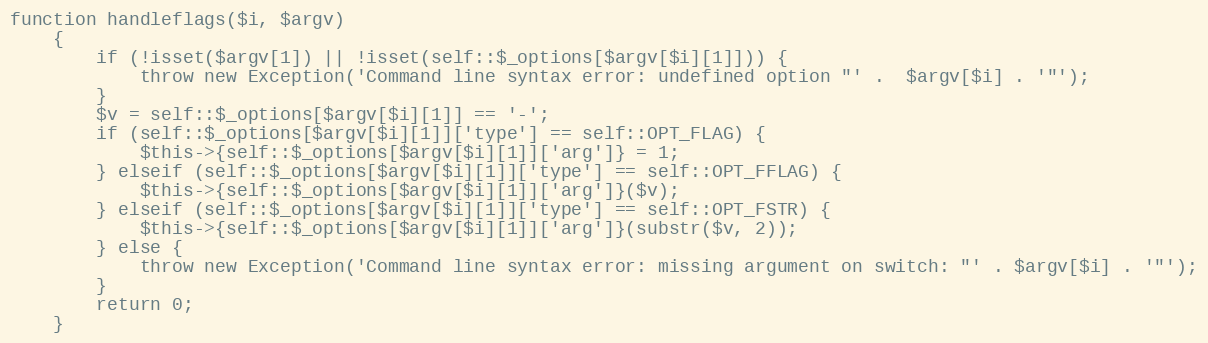
Language: PHP
function handleflags($i, $argv)
    {
        if (!isset($argv[1]) || !isset(self::$_options[$argv[$i][1]])) {
            throw new Exception('Command line syntax error: undefined option "' .  $argv[$i] . '"');
        }
        $v = self::$_options[$argv[$i][1]] == '-';
        if (self::$_options[$argv[$i][1]]['type'] == self::OPT_FLAG) {
            $this->{self::$_options[$argv[$i][1]]['arg']} = 1;
        } elseif (self::$_options[$argv[$i][1]]['type'] == self::OPT_FFLAG) {
            $this->{self::$_options[$argv[$i][1]]['arg']}($v);
        } elseif (self::$_options[$argv[$i][1]]['type'] == self::OPT_FSTR) {
            $this->{self::$_options[$argv[$i][1]]['arg']}(substr($v, 2));
        } else {
            throw new Exception('Command line syntax error: missing argument on switch: "' . $argv[$i] . '"');
        }
        return 0;
    }